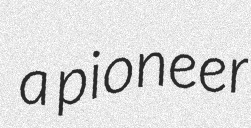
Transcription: a pioneer